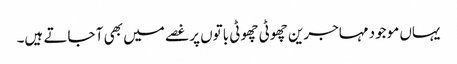
یہاں موجود مہاجرین چھوٹی چھوٹی باتوں پر غصے میں بھی آ جاتے ہیں۔